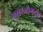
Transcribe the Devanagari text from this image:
मुरारजोगदेव